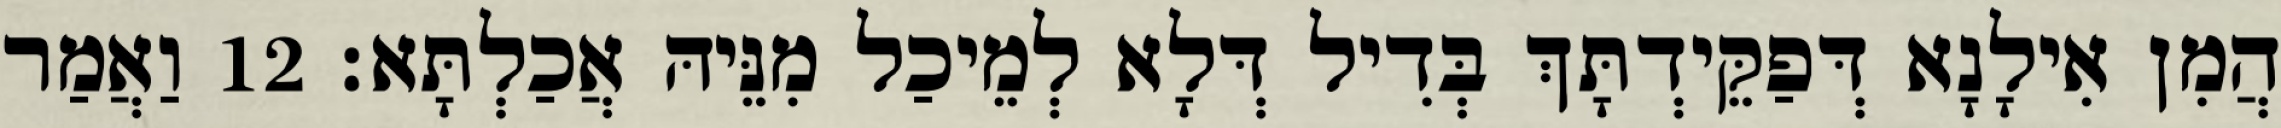
הֲמִן אִילָנָא דְּפַקֵּידְתָּךְ בְּדִיל דְּלָא לְמֵיכַל מִנֵּיהּ אֲכַלְתָּא׃ 12 וַאֲמַר